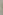
(